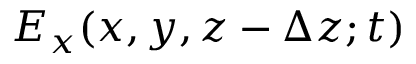
E _ { x } ( x , y , z - \Delta z ; t )